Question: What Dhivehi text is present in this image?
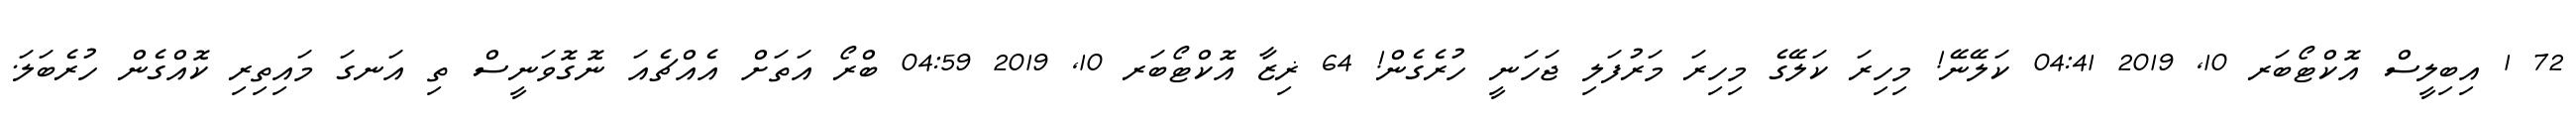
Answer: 72 1 އިބިލީސް އޮކްޓޯބަރ 10, 2019 04:41 ކަލޭނޭ! މިހިރަ ކަލޭގެ މިހިރަ މަރުފަލި ޖަހަނީ ހުރެގެން! 64 ޜިޒާ އޮކްޓޯބަރ 10, 2019 04:59 ބްރޯ އަތަށް އެއްޗެއަ ނޮގޮވަނީސް ތި އަނގަ މައިތިރި ކޮއްގެން ހުރެބަލަ.